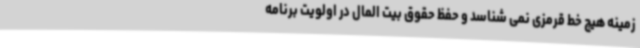
زمینه هیچ خط قرمزی نمی شناسد و حفظ حقوق بیت المال در اولویت برنامه